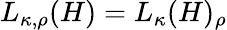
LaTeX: L_{\kappa,\rho}(H)=L_{\kappa}(H)_{\rho}